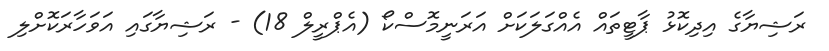
ރަޝިޔާގެ އިދިކޮޅު ޕާޓީތައް އެއްގަލަކަށް އަރަނީމޮސްކޯ (އެޕްރީލް 18) - ރަޝިޔާގައި އަވަހާރަކޮށްލި